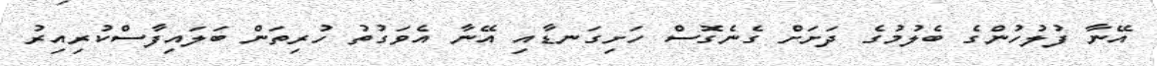
އޭނާ ފުލުހުންގެ ބެލުމުގެ ދަށަށް ގެނެގޮސް ހަށިގަނޑާއި އޭނާ އެވަގުތު ހުރިތަން ބަލައިފާސްކުރިއިރު